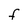
Character: f